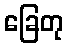
ခြေတု